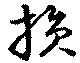
損